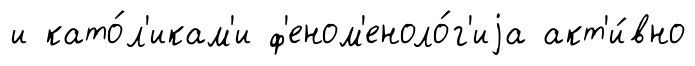
и като́л'икам'и ф'еном'еноло́г'иjа акт'и́вно